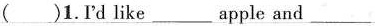
()1.Id like ___ apple and ___